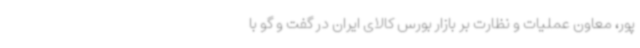
پور، معاون عملیات و نظارت بر بازار بورس کالای ایران در گفت و گو با